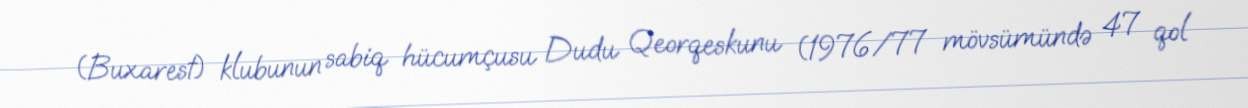
(Buxarest) klubunun sabiq hücumçusu Dudu Qeorqeskunu (1976/77 mövsümündə 47 qol